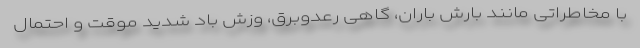
با مخاطراتی مانند بارش باران، گاهی رعدوبرق، وزش باد شدید موقت و احتمال